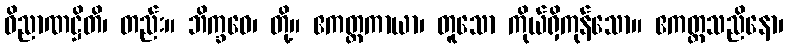
ဝိညာဏဋ္ဌိတိ၊ တည်း။ ဘိက္ခဝေ၊ တို့။ ဧကတ္တကာယာ၊ တူသော ကိုယ်ရှိကုန်သော။ ဧကတ္တသညိနော၊